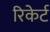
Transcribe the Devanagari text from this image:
रिकेर्ट